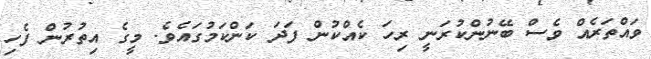
ވައްތަރެއް ވެސް ބޭނުންކުރަނީ ރިހަ ކެއްކުން ފަދަ ކަންކަމުގައެވެ. މީގެ އިތުރުން ފެހި